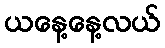
ယနေ့နေ့လယ်